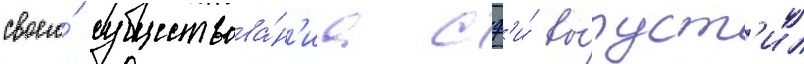
своего́ существова́н'иа сф'и́ вы́пуст'ил